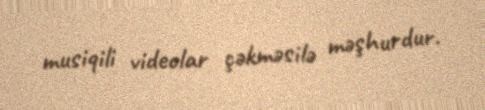
musiqili videolar çəkməsilə məşhurdur.